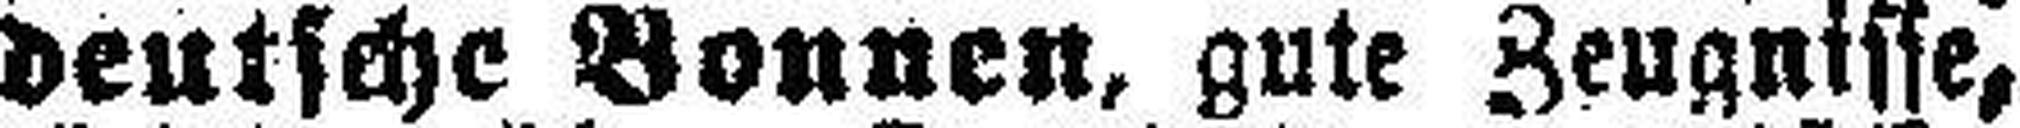
deutsche Bonnen, gute Zeugnisse,